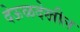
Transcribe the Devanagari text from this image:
देऊळदेखील